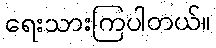
ရေးသားကြပါတယ်။